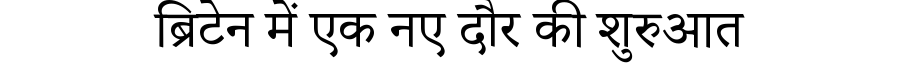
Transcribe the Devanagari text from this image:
ब्रिटेन में एक नए दौर की शुरुआत